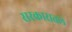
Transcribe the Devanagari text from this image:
सरकारातले